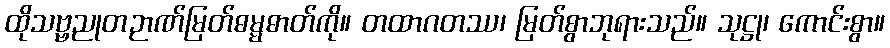
ထိုသဗ္ဗညုတဉာဏ်မြတ်ဓမ္မဓာတ်ကို။ တထာဂတဿ၊ မြတ်စွာဘုရားသည်။ သုဋ္ဌု၊ ကောင်းစွာ။